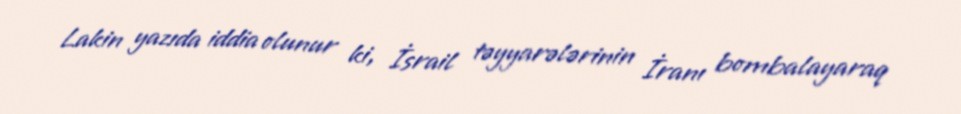
Lakin yazıda iddia olunur ki, İsrail təyyarələrinin İranı bombalayaraq